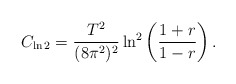
\begin{align*}C_{\ln 2}=\frac{T^2}{(8\pi^2)^2}\ln^2\left(\frac{1+r}{1-r}\right).\end{align*}